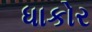
ધાકોર